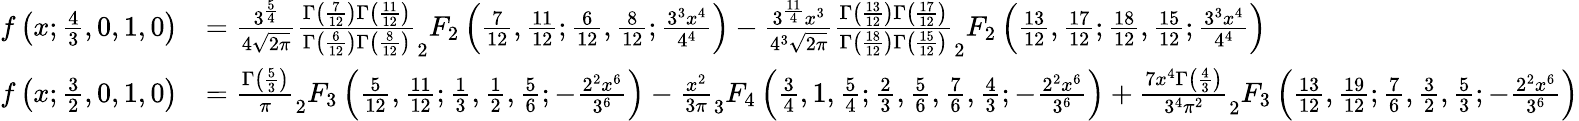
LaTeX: {\begin{array}{rl}{f\left(x;{\frac{4}{3}},0,1,0\right)}&{={\frac{3^{\frac{5}{4}}}{4{\sqrt{2\pi}}}}{\frac{\Gamma\left({\frac{7}{12}}\right)\Gamma\left({\frac{11}{12}}\right)}{\Gamma\left({\frac{6}{12}}\right)\Gamma\left({\frac{8}{12}}\right)}}_{2}F_{2}\left({\frac{7}{12}},{\frac{11}{12}};{\frac{6}{12}},{\frac{8}{12}};{\frac{3^{3}x^{4}}{4^{4}}}\right)-{\frac{3^{\frac{11}{4}}x^{3}}{4^{3}{\sqrt{2\pi}}}}{\frac{\Gamma\left({\frac{13}{12}}\right)\Gamma\left({\frac{17}{12}}\right)}{\Gamma\left({\frac{18}{12}}\right)\Gamma\left({\frac{15}{12}}\right)}}_{2}F_{2}\left({\frac{13}{12}},{\frac{17}{12}};{\frac{18}{12}},{\frac{15}{12}};{\frac{3^{3}x^{4}}{4^{4}}}\right)}\\ {f\left(x;{\frac{3}{2}},0,1,0\right)}&{={\frac{\Gamma\left({\frac{5}{3}}\right)}{\pi}}_{2}F_{3}\left({\frac{5}{12}},{\frac{11}{12}};{\frac{1}{3}},{\frac{1}{2}},{\frac{5}{6}};-{\frac{2^{2}x^{6}}{3^{6}}}\right)-{\frac{x^{2}}{3\pi}}_{3}F_{4}\left({\frac{3}{4}},1,{\frac{5}{4}};{\frac{2}{3}},{\frac{5}{6}},{\frac{7}{6}},{\frac{4}{3}};-{\frac{2^{2}x^{6}}{3^{6}}}\right)+{\frac{7x^{4}\Gamma\left({\frac{4}{3}}\right)}{3^{4}\pi^{2}}}_{2}F_{3}\left({\frac{13}{12}},{\frac{19}{12}};{\frac{7}{6}},{\frac{3}{2}},{\frac{5}{3}};-{\frac{2^{2}x^{6}}{3^{6}}}\right)}\end{array}}